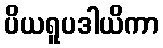
ပိယရူပဒါယိကာ